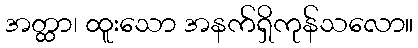
အတ္ထာ၊ ထူးသော အနက်ရှိကုန်သလော။